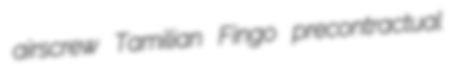
airscrew Tamilian Fingo precontractual